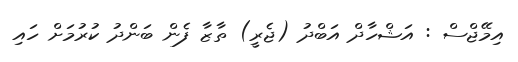
އިމޭޖްސް : އަޝްހާދް އަބްދު (ޖެރީ) ތާޒާ ފެން ބަންދު ކުރުމަށް ހައި